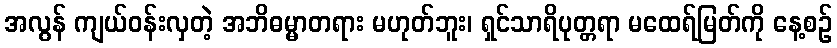
အလွန် ကျယ်ဝန်းလှတဲ့ အဘိဓမ္မာတရား မဟုတ်ဘူး၊ ရှင်သာရိပုတ္တရာ မထေရ်မြတ်ကို နေ့စဉ်